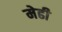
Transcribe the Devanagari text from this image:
मेढी